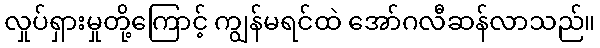
လှုပ်ရှားမှုတို့ကြောင့် ကျွန်မရင်ထဲ အော်ဂလီဆန်လာသည်။